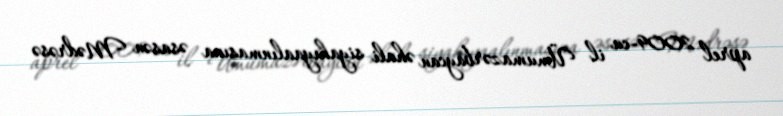
aprel 2009-cu il Ümumazərbaycan əhali siyahıyaalınmasına əsasən Mədrəsə